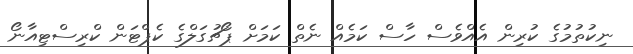
ނިކުތުމުގެ ކުރިން އެއްވެސް ހާސް ކަމެއް ނެތް ކަމަށް ޕޯޗުގަލްގެ ކެޕްޓަން ކްރިސްޓިއާނޯ